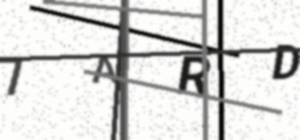
Text: 7ARD